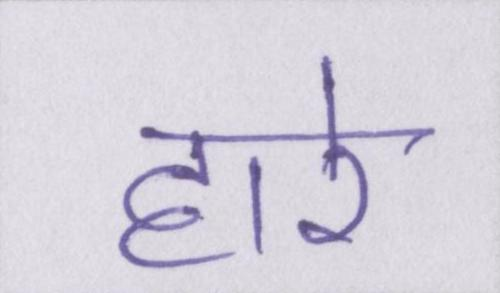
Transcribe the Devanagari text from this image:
हारे